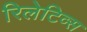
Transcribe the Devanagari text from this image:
रिलेटिव्स